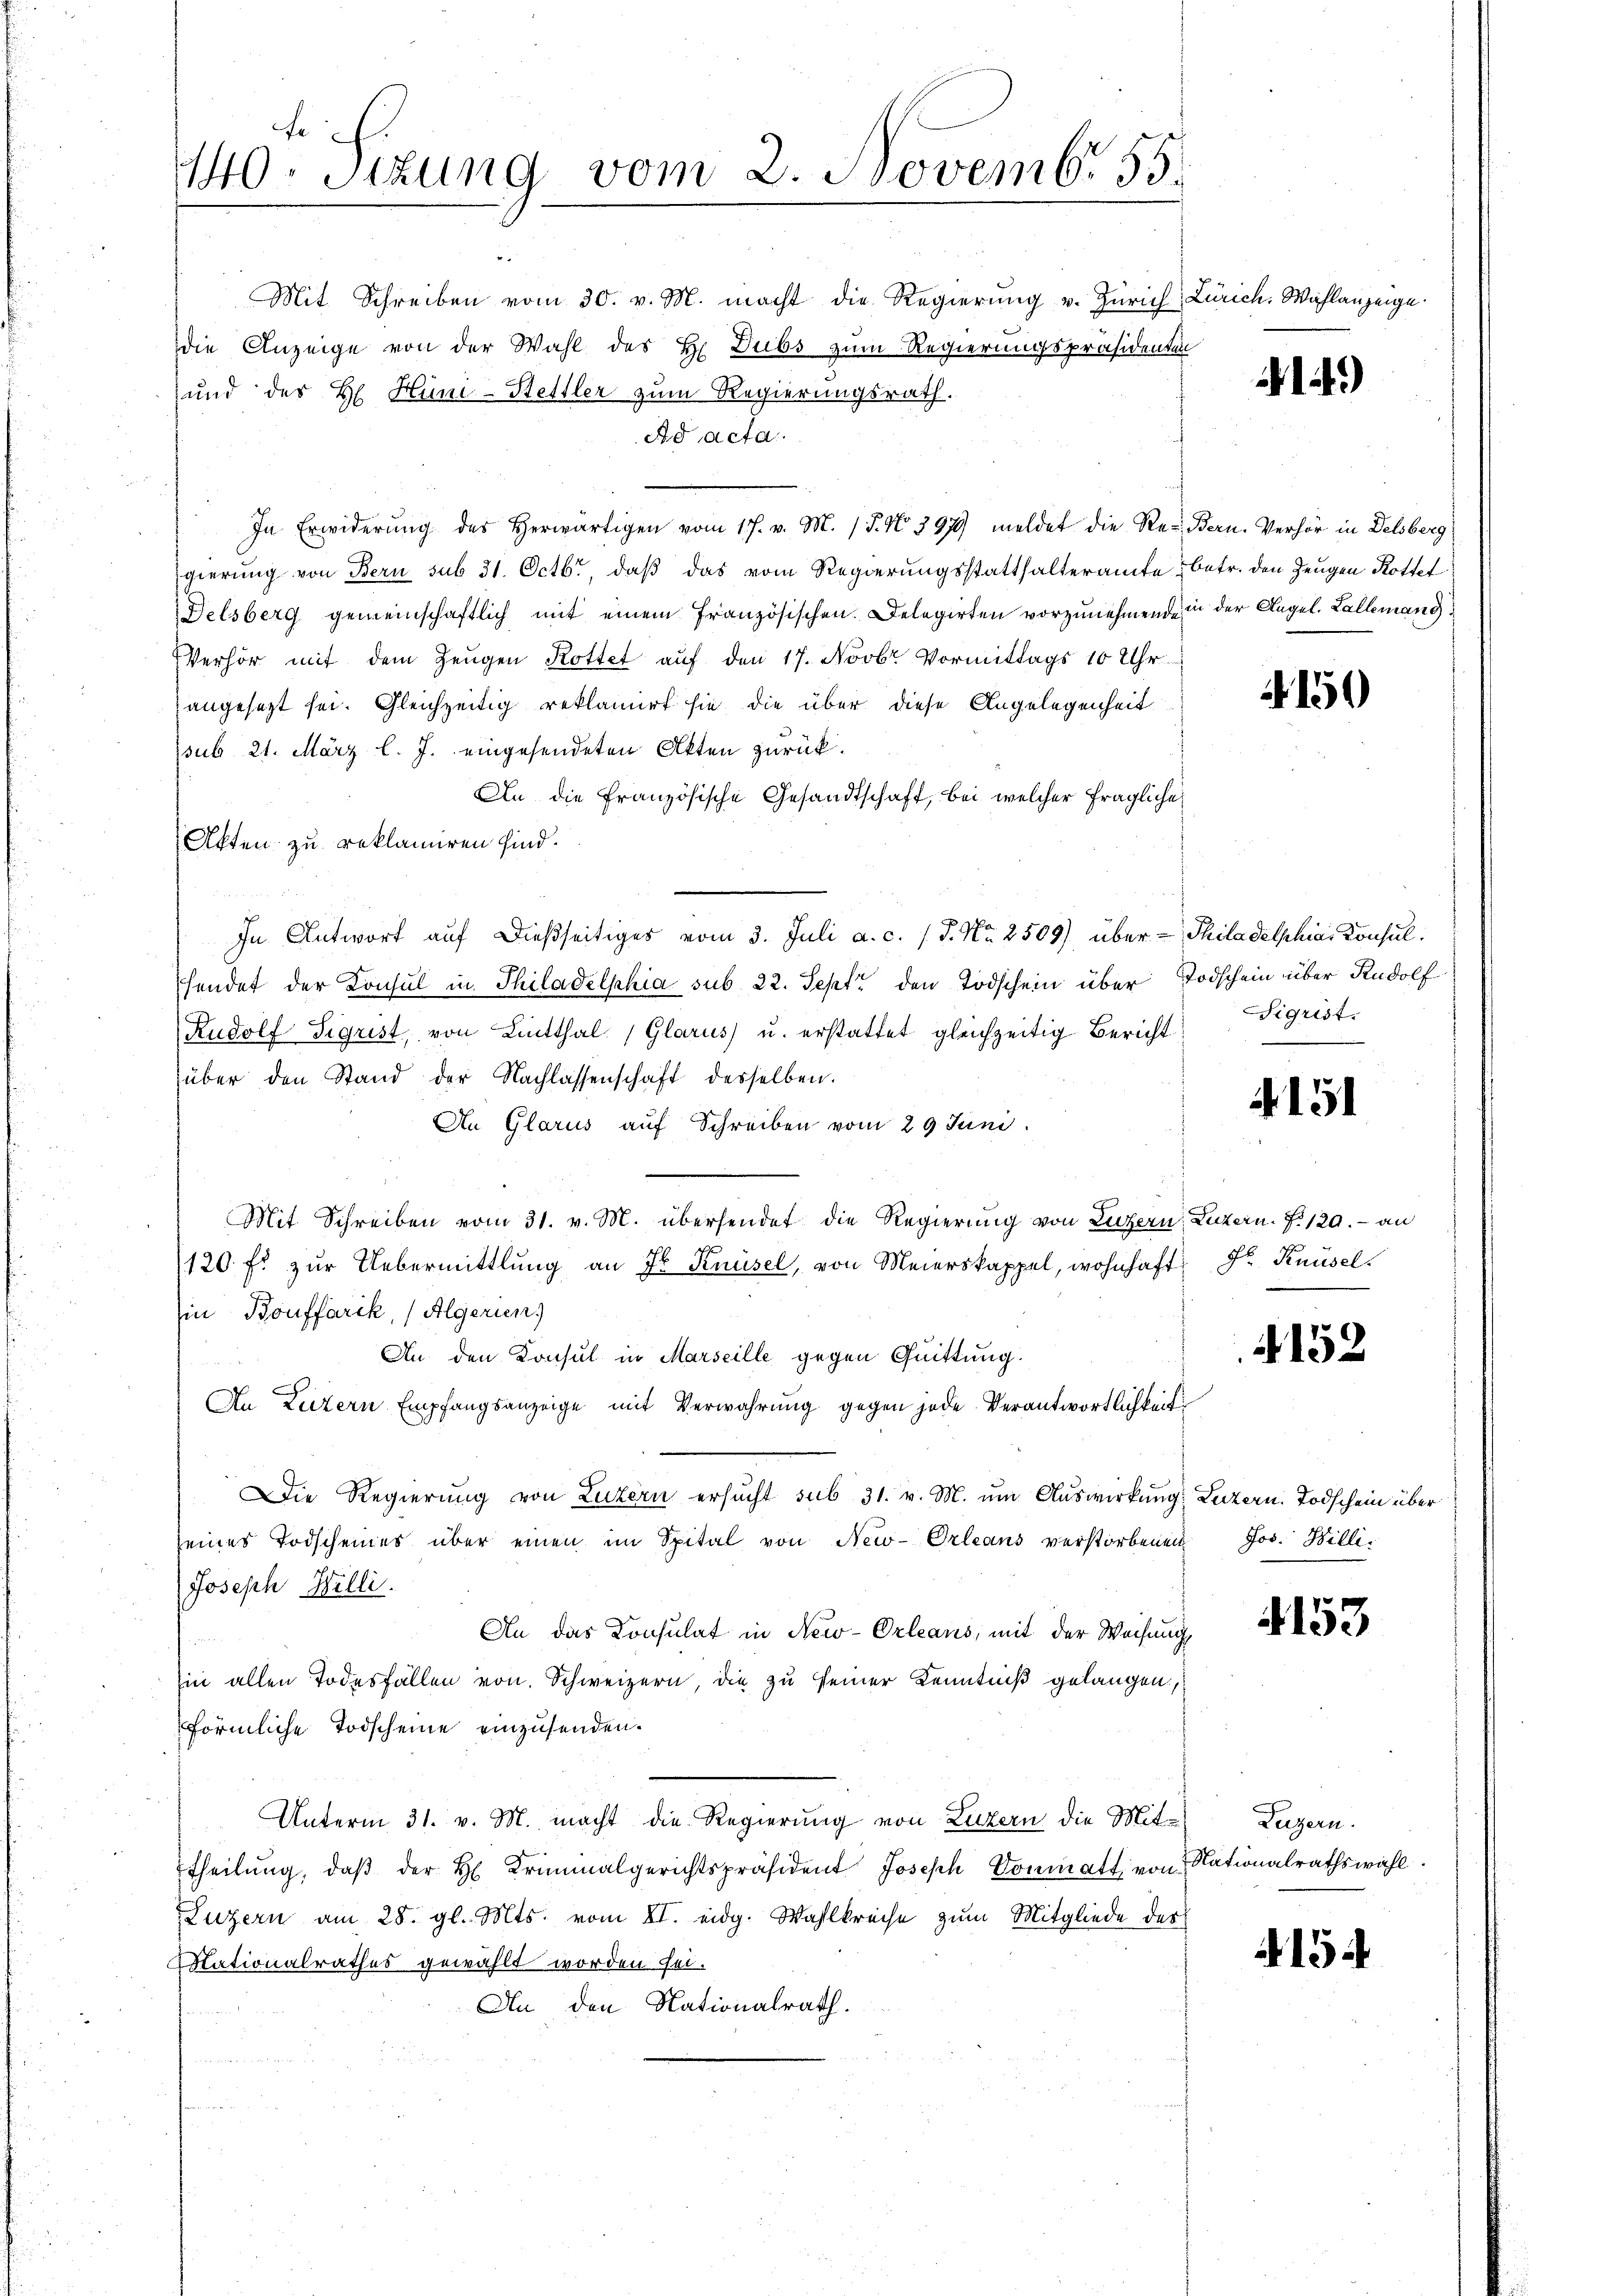
Mit Schreiben vom 30. v. M. macht die Regierung v. Zürich Zürich. Wahlanzeige.
die Anzeige von der Wahl des H. Dubs zum Regierungspräsidenten
und der H. Hüni-Hettler zum Regierungsrath.
Ad acta
In Erwiderung des Herwärtigen vom 17. v. M. (T. No. 397 meldet die Re- Bern. Verhör in Delsberg
gierung von Bern sub 31. Octbr, daß das vom Regierungsstatthalteramte betr. den Zeugen Rottet
Delsberg gemeinschaftlich mit einem französischen Delegirten vorzunehmende in der Angel. Lallemang
Verhör mit dem Zeŭgen Rottet auf den 17. Novbr Vormittags 10 Uhr
angesetzt sei. Gleichzeitig reklamirt sie die über diese Angelegenheit
ssub 21. März l. J. eingesendeten Akten zurück.
An die Französische Gesandtschaft, bei welcher fragliche
Akten zu reklamiren sind.
In Antwort auf dießseitiges vom 3. Juli a. c. / P. Nr. 2509) über - Thiladelphia Konsulhendet der Konsul in Philadelphia sub 22. Sept. den Todschein über Todschein über Rudolf
Rudolf Sigrist, von Lintthal (Glarus u. erstattet gleichzeitig Bericht
über den Stand der Nachlassenschaft derselben.
An Glarus auf Schreiben vom 29 Juni
Mit Schreiben vom 31. v. M. übersendet die Regierung von Luzern, Luzern. F. 120.- an
120 f. zŭr Uebermittlung an Ir Knüsel, von Meierskappel, wohnhaft Dr. Knüsel
in Bonffarik, (Algerien
An den Konsul in Marseille gegen Quittung.
An Luzern Empfangsanzeige mit Verwahrŭng gegen jede Verantwortlichkeit
Die Regierŭng von Luzern ersŭcht sub 31. v. M. um Auswirkung: Luzern. Todschein über
seines Todscheines über einen im Spital von New-Orleans verstorbenen Jos. Billi
Joseph Billi
An das Consulat in New-Orleans, mit der Weisung
Ein allen Todesfällen von Schweizern, die zu seiner Kenntniß gelangen,
förmliche Todscheine einzusenden.
Unterm 31. v. M. macht die Regierung von Luzern die Mit-
theilŭng, daβ der H. Kriminalgerichtspräsident Joseph Vonmatt, von Nationalrathswahl.
Luzern am 28. gl. Mts. vom VI. eidg. Wahlkreise zum Mitgliede des
Nationalrathes gewählt worden sei.
An den Nationalrath.

fe
140. Sizung vom 2. Novemb. 55.

14.)

A 150

Sigrist.

A 151

4152

4153

Luzern.

4154